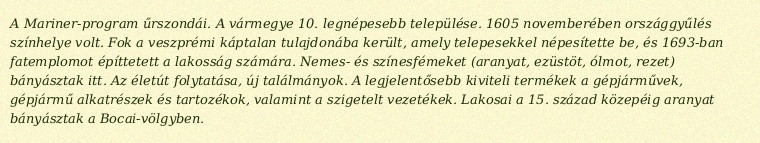
A Mariner-program űrszondái. A vármegye 10. legnépesebb települése. 1605 novemberében országgyűlés színhelye volt. Fok a veszprémi káptalan tulajdonába került, amely telepesekkel népesítette be, és 1693-ban fatemplomot építtetett a lakosság számára. Nemes- és színesfémeket (aranyat, ezüstöt, ólmot, rezet) bányásztak itt. Az életút folytatása, új találmányok. A legjelentősebb kiviteli termékek a gépjárművek, gépjármű alkatrészek és tartozékok, valamint a szigetelt vezetékek. Lakosai a 15. század közepéig aranyat bányásztak a Bocai-völgyben.